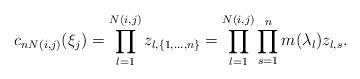
LaTeX: \begin{align*}c_{nN(i,j)}(\xi_j)=\prod_{l=1}^{N(i,j)}z_{l,\{1,\dots,n\}}=\prod_{l=1}^{N(i,j)}\prod_{s=1}^n m(\lambda_l) z_{l,s}.\end{align*}